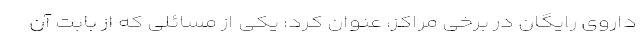
داروی رایگان در برخی مراکز، عنوان کرد: یکی از مسائلی که از بابت آن